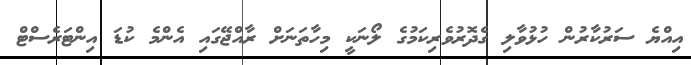
އިއްޔެ ސަރުކާރުން ހުޅުވާލި ގެދޮރުވެރިކަމުގެ ލޯނަކީ މިހާތަނަށް ރާއްޖޭގައި އެންމެ ކުޑަ އިންޓަރެސްޓް